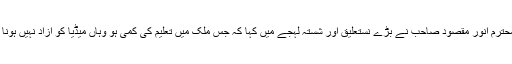
جناب محترم انور مقصود صاحب نے بڑے نستعلیق اور شستہ لہجے میں کہا کہ جس ملک میں تعلیم کی کمی ہو وہاں میڈیا کو آزاد نہیں ہونا چاہئے۔